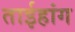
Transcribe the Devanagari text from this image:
ताईहांग